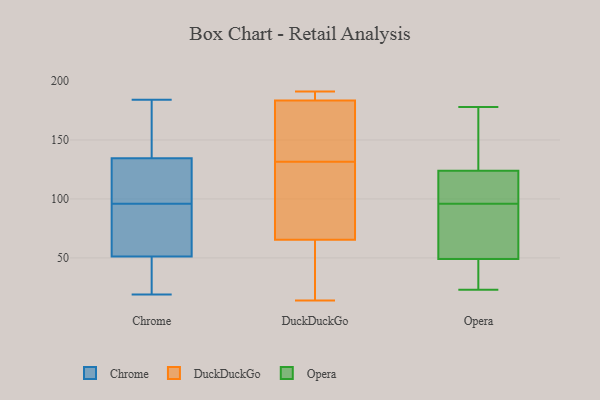
{"axis": {"x": "Latency (ms)", "y": "Value"}, "legend": ["Chrome", "DuckDuckGo", "Opera"], "data": [{"x": "", "y": 90, "type": "Chrome"}, {"x": "", "y": 21, "type": "Chrome"}, {"x": "", "y": 96, "type": "Chrome"}, {"x": "", "y": 19, "type": "Chrome"}, {"x": "", "y": 166, "type": "Chrome"}, {"x": "", "y": 184, "type": "Chrome"}, {"x": "", "y": 110, "type": "Chrome"}, {"x": "", "y": 72, "type": "Chrome"}, {"x": "", "y": 169, "type": "Chrome"}, {"x": "", "y": 92, "type": "Chrome"}, {"x": "", "y": 54, "type": "Chrome"}, {"x": "", "y": 116, "type": "Chrome"}, {"x": "", "y": 43, "type": "Chrome"}, {"x": "", "y": 41, "type": "Chrome"}, {"x": "", "y": 131, "type": "Chrome"}, {"x": "", "y": 145, "type": "Chrome"}, {"x": "", "y": 115, "type": "Chrome"}, {"x": "", "y": 183, "type": "DuckDuckGo"}, {"x": "", "y": 97, "type": "DuckDuckGo"}, {"x": "", "y": 190, "type": "DuckDuckGo"}, {"x": "", "y": 14, "type": "DuckDuckGo"}, {"x": "", "y": 191, "type": "DuckDuckGo"}, {"x": "", "y": 146, "type": "DuckDuckGo"}, {"x": "", "y": 117, "type": "DuckDuckGo"}, {"x": "", "y": 49, "type": "DuckDuckGo"}, {"x": "", "y": 157, "type": "DuckDuckGo"}, {"x": "", "y": 62, "type": "DuckDuckGo"}, {"x": "", "y": 69, "type": "DuckDuckGo"}, {"x": "", "y": 184, "type": "DuckDuckGo"}, {"x": "", "y": 23, "type": "Opera"}, {"x": "", "y": 48, "type": "Opera"}, {"x": "", "y": 49, "type": "Opera"}, {"x": "", "y": 126, "type": "Opera"}, {"x": "", "y": 49, "type": "Opera"}, {"x": "", "y": 178, "type": "Opera"}, {"x": "", "y": 141, "type": "Opera"}, {"x": "", "y": 96, "type": "Opera"}, {"x": "", "y": 116, "type": "Opera"}, {"x": "", "y": 118, "type": "Opera"}, {"x": "", "y": 68, "type": "Opera"}]}